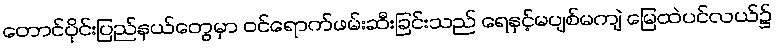
တောင်ပိုင်းပြည်နယ်တွေမှာ ဝင်ရောက်ဖမ်းဆီးခြင်းသည် ရေနှင့်မပျစ်မကျဲ မြေထဲပင်လယ်၌